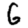
Digit: 6